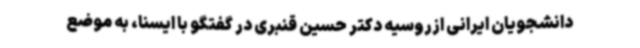
دانشجویان ایرانی ازروسیه دکتر حسین قنبری در گفتگو با ایسنا، به موضع